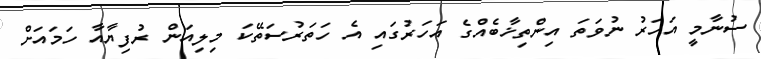
ސުނާމީ އަހަރު ނުވަތަ އިންތިޚާބެއްގެ އަހަރުގައި އެ ހަތަރުސަތޭކަ މިލިއަން ރުފިޔާއާ ހަމައަށް